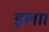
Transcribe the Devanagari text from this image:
इला।